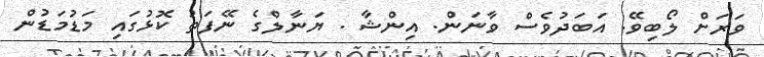
ވަރަށް ލޯބިވޭ. އަބަދުވެސް ވާނަން. އިންޝާ . ޔަނާލްގެ ނޭފަތު ކޮޅުގައި މަޑުމަޑުން